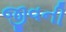
જીવની